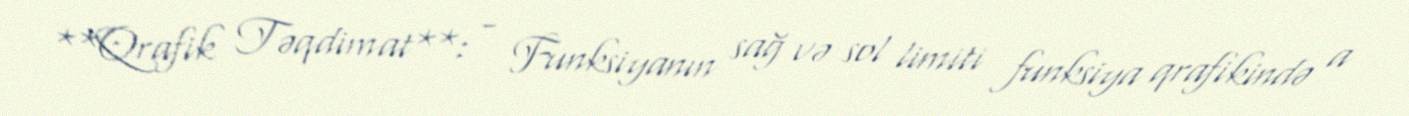
**Qrafik Təqdimat**: - Funksiyanın sağ və sol limiti funksiya qrafikində a